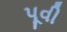
પૂવી